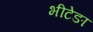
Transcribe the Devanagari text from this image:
भीटेङा